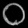
Digit: ၀